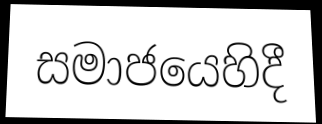
සමාජයෙහිදී